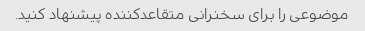
موضوعی را برای سخنرانی متقاعدکننده پیشنهاد کنید.